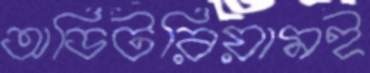
অডিটরিয়ামই